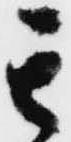
其